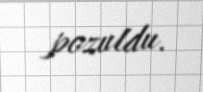
pozuldu.